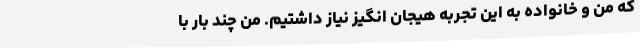
که من و خانواده به این تجربه هیجان انگیز نیاز داشتیم. من چند بار با